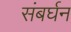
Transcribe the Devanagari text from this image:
संबर्घन